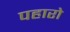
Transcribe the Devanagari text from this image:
पहारो